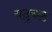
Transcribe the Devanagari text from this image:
यदृच्छ